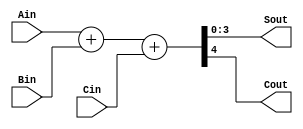
module FULLADDER4
(
	input wire[3:0] Ain,
	input wire[3:0] Bin,
	input wire Cin,
	output wire[3:0] Sout,
	output wire Cout
);

wire[4:0] A_IN_t,B_IN_t,C_IN_t;
wire[4:0] A_OUT;
assign A_IN_t = {1'b0,Ain};
assign B_IN_t = {1'b0,Bin};
assign C_IN_t = {4'b0000,Cin};
assign A_OUT = A_IN_t + B_IN_t + C_IN_t;
assign Sout = A_OUT[3:0];
assign Cout = A_OUT[4];

endmodule